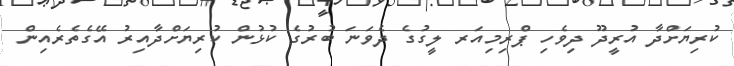
ކުރިޔަށްދާ އުރީދޫ ދިވެހި ޕްރިމިއަރ ލީގުގެ ދެވަނަ ބުރުގެ ކުޅުން ކުރިޔަށްދާއިރު އޭގެތެރެއިން